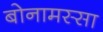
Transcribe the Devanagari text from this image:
बोनामस्सा